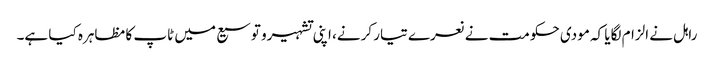
راہل نے الزام لگایا کہ مودی حکومت نے نعرے تیار کرنے، اپنی تشہیرو توسیع میں ٹاپ کا مظاہرہ کیا ہے۔